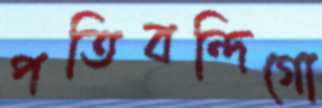
পতিবন্দিগো